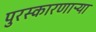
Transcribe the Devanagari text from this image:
पुरस्कारणाऱ्या